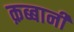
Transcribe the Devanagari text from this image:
क़ब्बानी